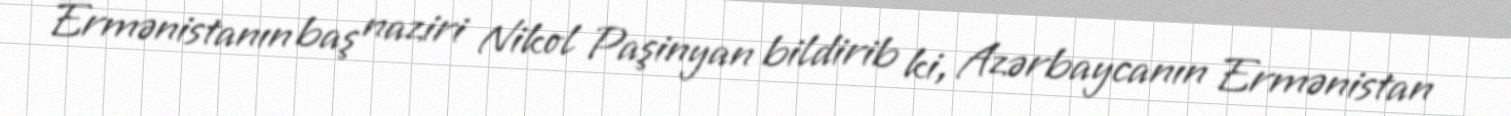
Ermənistanın baş naziri Nikol Paşinyan bildirib ki, Azərbaycanın Ermənistan